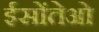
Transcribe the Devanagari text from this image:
ईसोंतेओ